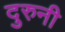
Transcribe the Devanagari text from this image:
दुरुनी